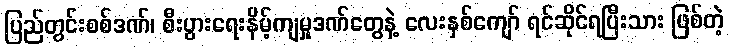
ပြည်တွင်းစစ်ဒဏ်၊ စီးပွားရေးနိမ့်ကျမှုဒဏ်တွေနဲ့ လေးနှစ်ကျော် ရင်ဆိုင်ရပြီးသား ဖြစ်တဲ့